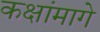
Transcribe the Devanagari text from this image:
कक्षांमागे